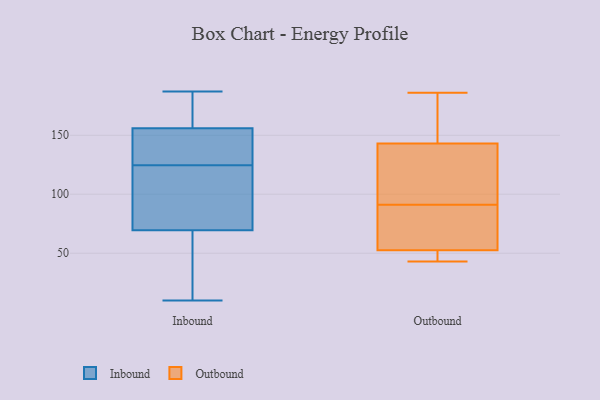
{"axis": {"x": "Churn Rate (%)", "y": "Value"}, "legend": ["Inbound", "Outbound"], "data": [{"x": "", "y": 53, "type": "Inbound"}, {"x": "", "y": 106, "type": "Inbound"}, {"x": "", "y": 183, "type": "Inbound"}, {"x": "", "y": 154, "type": "Inbound"}, {"x": "", "y": 34, "type": "Inbound"}, {"x": "", "y": 153, "type": "Inbound"}, {"x": "", "y": 101, "type": "Inbound"}, {"x": "", "y": 48, "type": "Inbound"}, {"x": "", "y": 169, "type": "Inbound"}, {"x": "", "y": 158, "type": "Inbound"}, {"x": "", "y": 10, "type": "Inbound"}, {"x": "", "y": 143, "type": "Inbound"}, {"x": "", "y": 86, "type": "Inbound"}, {"x": "", "y": 187, "type": "Inbound"}, {"x": "", "y": 149, "type": "Inbound"}, {"x": "", "y": 21, "type": "Inbound"}, {"x": "", "y": 96, "type": "Inbound"}, {"x": "", "y": 120, "type": "Inbound"}, {"x": "", "y": 173, "type": "Inbound"}, {"x": "", "y": 129, "type": "Inbound"}, {"x": "", "y": 149, "type": "Outbound"}, {"x": "", "y": 123, "type": "Outbound"}, {"x": "", "y": 137, "type": "Outbound"}, {"x": "", "y": 87, "type": "Outbound"}, {"x": "", "y": 43, "type": "Outbound"}, {"x": "", "y": 118, "type": "Outbound"}, {"x": "", "y": 136, "type": "Outbound"}, {"x": "", "y": 155, "type": "Outbound"}, {"x": "", "y": 174, "type": "Outbound"}, {"x": "", "y": 77, "type": "Outbound"}, {"x": "", "y": 69, "type": "Outbound"}, {"x": "", "y": 186, "type": "Outbound"}, {"x": "", "y": 54, "type": "Outbound"}, {"x": "", "y": 44, "type": "Outbound"}, {"x": "", "y": 49, "type": "Outbound"}, {"x": "", "y": 153, "type": "Outbound"}, {"x": "", "y": 89, "type": "Outbound"}, {"x": "", "y": 51, "type": "Outbound"}, {"x": "", "y": 93, "type": "Outbound"}, {"x": "", "y": 46, "type": "Outbound"}]}